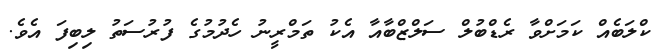
ކްލަބެއް ކަމަށްވާ ރެޑްބުލް ސަލްޒްބާއާ އެކު ތަމްރީނު ހެދުމުގެ ފުރުސަތު ލިބިފަ އެވެ.